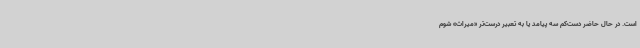
است. در حال‌ حاضر دست‌کم سه پیامد یا به تعبیر درست‌تر «میراث» شوم